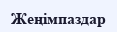
Жеңімпаздар